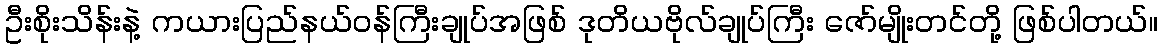
ဦးစိုးသိန်းနဲ့ ကယားပြည်နယ်ဝန်ကြီးချုပ်အဖြစ် ဒုတိယဗိုလ်ချုပ်ကြီး ဇော်မျိုးတင်တို့ ဖြစ်ပါတယ်။